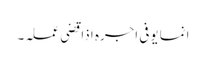
انما یوفی اجرہ اذا قضی عملہ۔